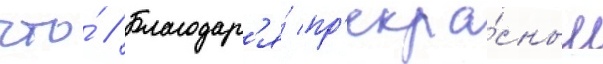
что́ // Благодар'я́ пр'екра́сным